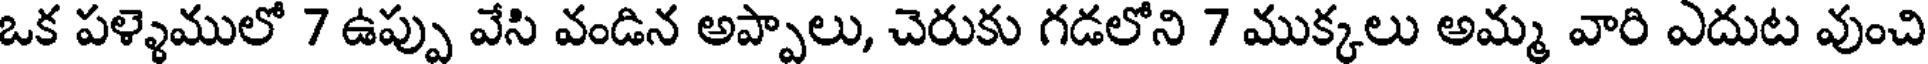
ఒక పళ్ళెములో 7 ఉప్పు వేసి వండిన అప్పాలు, చెరుకు గడలోని 7 ముక్కలు అమ్మ వారి ఎదుట వుంచి